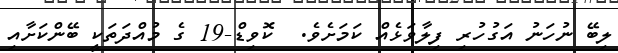
ލިބޭ ނުހަނު އަގުހުރި ފިލާވަޅެއް ކަމަށެވެ.  ކޮވިޑް-19 ގެ މުއްދަތަކީ ބޭންކަށާއި